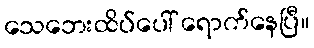
သေဘေးထိပ်ပေါ် ရောက်နေပြီ။